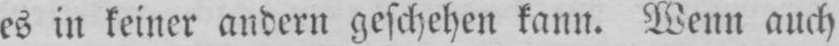
es in keiner andern geschehen kann. Wenn auch